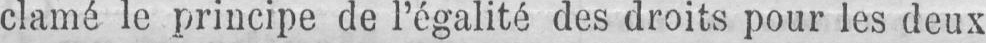
clamé le principe de l’égalité des droits pour les deux